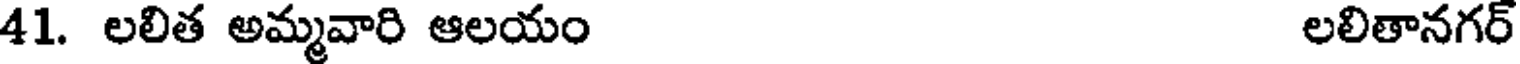
41. లలిత అమ్మవారి ఆలయం లలితానగర్